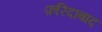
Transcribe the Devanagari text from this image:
फ़रिदाबाद